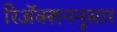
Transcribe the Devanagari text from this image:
रिॲक्शननुसार